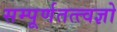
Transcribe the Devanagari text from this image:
सम्पूर्णतत्त्वज्ञो